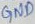
Text: GND